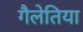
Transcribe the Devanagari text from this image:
गैलेतिया